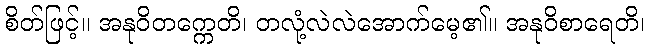
စိတ်ဖြင့်။ အနုဝိတက္ကေတိ၊ တလုံ့လဲလဲအောက်မေ့၏။ အနုဝိစာရေတိ၊